Madras plague regulations in force outside the Presidency town - Volume 2
Disease focus: Plague
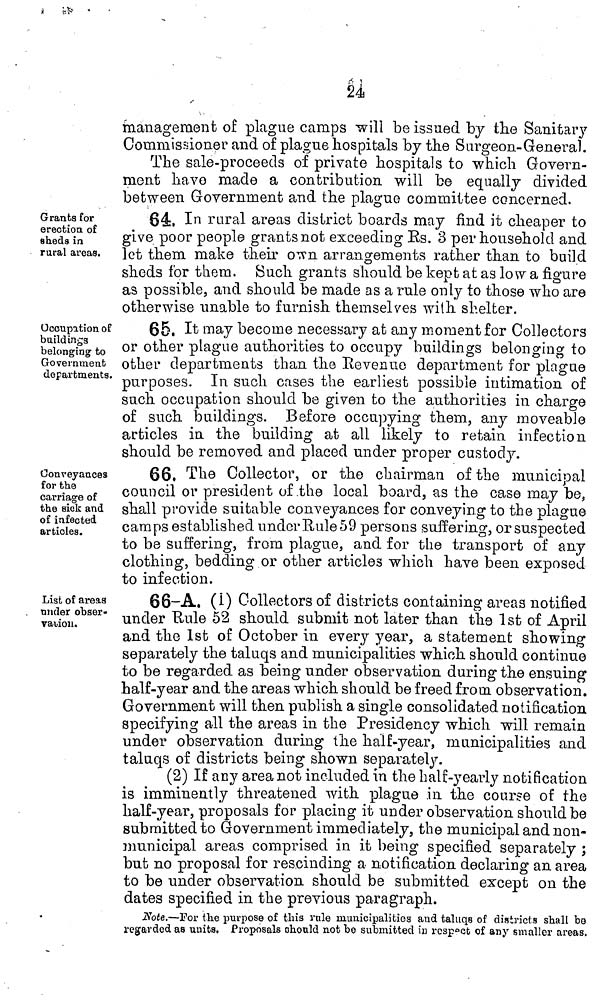
24
management of plague camps will be issued by the Sanitary
Commissioner and of plague hospitals by the Surgeon-General.
The sale-proceeds of private hospitals to which Govern-
ment have made a contribution will be equally divided
between Government and the plague committee concerned.
Grants for
erection of
sheds in
rural areas.
64, In rural areas district boards may find it cheaper to
give poor people grants not exceeding Es. 3 per household and
let them make their own arrangements rather than to build
sheds for them. Such grants should be kept at as low a figure
as possible, and should be made as a rule only to those who are
otherwise unable to furnish themselves with shelter.
Occupation of
buildings
belonging to
Government
departments.
65. It may become necessary at any moment for Collectors
or other plague authorities to occupy buildings belonging to
other departments than the Revenue department for plague
purposes. In such cases the earliest possible intimation of
such occupation should be given to the authorities in charge
of such buildings. Before occupying them, any moveable
articles in the building at all likely to retain infection
should be removed and placed under proper custody.
Conveyances
for the
carriage of
the sick and
of infected
articles.
66. The Collector, or the chairman of the municipal
council or president of the local board, as the case may be,
shall provide suitable conveyances for conveying to the plague
camps established under Rule 59 persons suffering, or suspected
to be suffering, from plague, and for the transport of any
clothing, bedding or other articles which have been exposed
to infection.
List of areas
under obser-
vation.
66-A. (I) Collectors of districts containing areas notified
under Rule 52 should submit not later than the 1st of April
and the 1st of October in every year, a statement showing
separately the taluqs and municipalities which should continue
to be regarded as being under observation during the ensuing
half-year and the areas which should be freed from observation.
Government will then publish a single consolidated notification
specifying all the areas in the Presidency which will remain
under observation during the half-year, municipalities and
taluqs of districts being shown separately.
(2) If any area not included in the half-yearly notification
is imminently threatened with plague in the course of the
half-year, proposals for placing it under observation should be
submitted to Government immediately, the municipal and non-
municipal areas comprised in it being specified separately ;
but no proposal for rescinding a notification declaring an area
to be under observation should be submitted except on the
dates specified in the previous paragraph.
Note.—For the purpose of this rule municipalities and taluqs of districts shall be
regarded as units. Proposals should not be submitted in rcspect of any smaller areas.